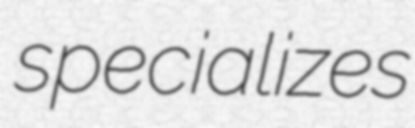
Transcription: specializes